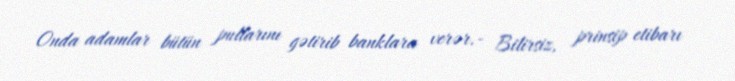
Onda adamlar bütün pullarını gətirib banklara verər.- Bilirsiz, prinsip etibarı